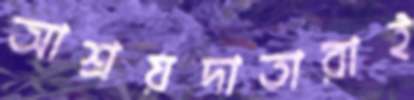
আশ্রয়দাতারাই